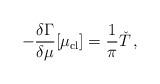
LaTeX: \begin{align*}-\frac{\delta \Gamma}{\delta \mu}[\mu_{\rm cl}] = \frac{1}{\pi }\check{T}\,,\end{align*}